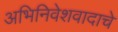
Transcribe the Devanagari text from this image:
अभिनिवेशवादाचे